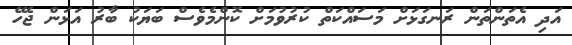
އަދި އެތަންތަން ރަނގަޅަށް މަސައްކަތް ކުރުވުމަށް ކޮންމެވެސް ބަޔަކު ބާރު އަޅަން ޖެހޭ